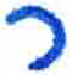
אות: ר